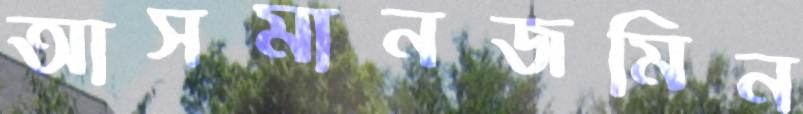
আসমানজমিন